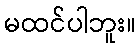
မထင်ပါဘူး။